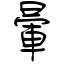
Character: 暈